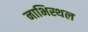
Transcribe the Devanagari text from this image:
नाभिस्थल